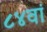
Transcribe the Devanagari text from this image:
८४वां